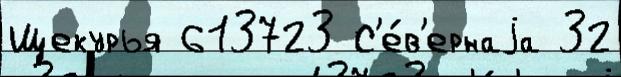
Щекурья 613723 С'е́в'ернаjа 32